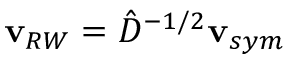
\mathbf { v } _ { R W } = \hat { D } ^ { - 1 / 2 } \mathbf { v } _ { s y m }